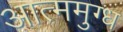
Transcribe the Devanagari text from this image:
आत्ममुग्ध